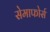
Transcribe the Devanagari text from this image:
सेमाफोर्स